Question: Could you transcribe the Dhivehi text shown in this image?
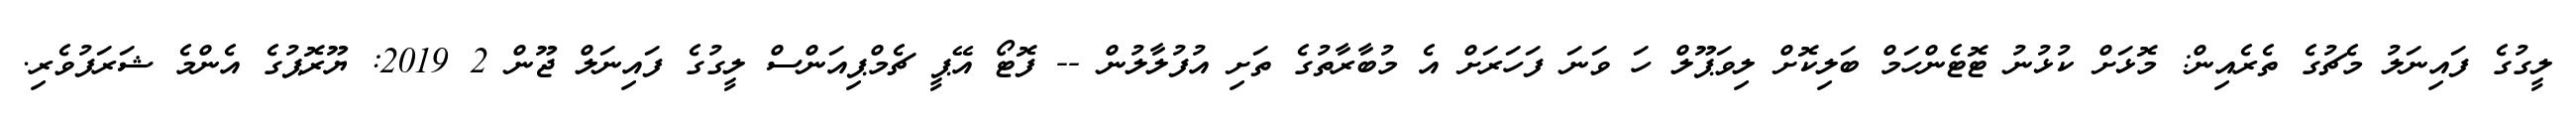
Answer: ލީގުގެ ފައިނަލު މެޗުގެ ތެރެއިން: މޮޅަށް ކުޅުނު ޓޮޓެންހަމް ބަލިކޮށް ލިވަޕޫލް ހަ ވަނަ ފަހަރަށް އެ މުބާރާތުގެ ތަށި އުފުލާލުން -- ފޮޓޯ އޭޕީ ޗެމްޕިއަންސް ލީގުގެ ފައިނަލް ޖޫން 2 2019: ޔޫރޮޕުގެ އެންމެ ޝަރަފުވެރި.